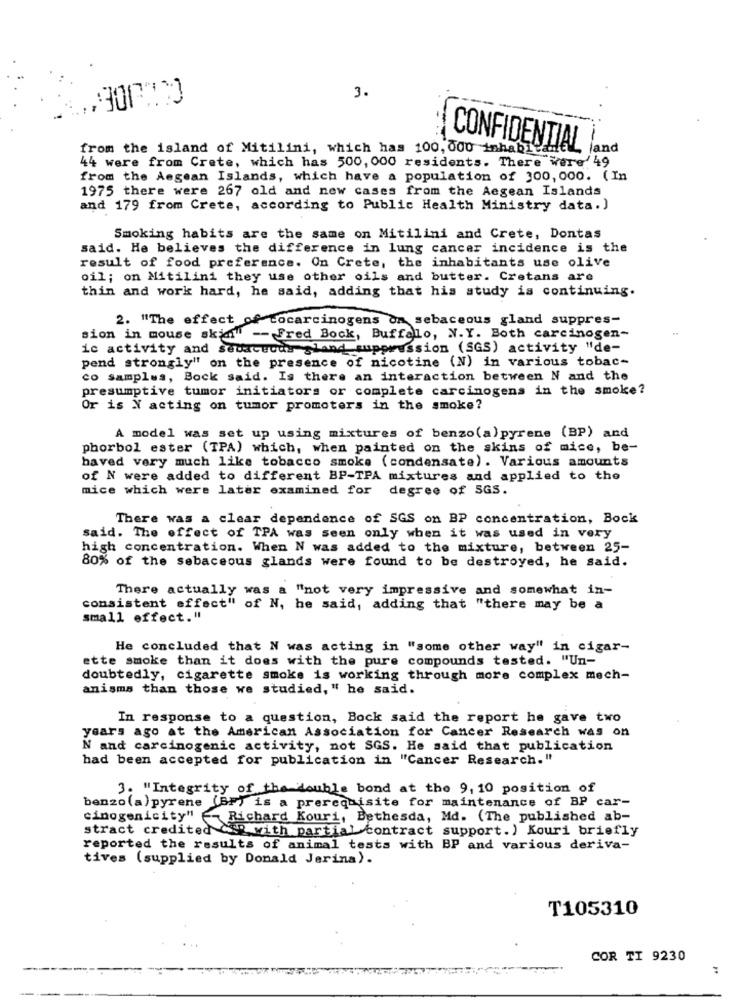
3.
from the island of Mitilini, which has 100, 000 inhabi"
CONFIDENTIAL
land
44 were from Crete, which has 500, 000 residents. There were' 49
from the Aegean Islands, which have a population of 300,000. (In
1975 there were 267 old and new cases from the Aegean Islands
and 179 from Crete, according to Public Health Ministry data.)
Smoking habits are the same on Mitilini and Crete, Dontas
said. He believes the difference in lung cancer incidence is the
result of food preference. On Crete, the inhabitants use olive
oil; on Mitilini they use other oils and butter. Cretans are
thin and work hard, he said, adding that his study is continuing.
2. "The effect of cocarcinogens om sebaceous gland suppres-
sion in mouse skim -- Fred Bock, Buffalo, N.Y. Both carcinogen-
ic activity and sedacuous gland suppression (SGS) activity "de-
pend strongly" on the presence of nicotine (N) in various tobac-
co samples, Bock said. Is there an interaction between N and the
presumptive tumor initiators or complete carcinogens in the smoke?
Or is X acting on tumor promoters in the smoke?
A model was set up using mixtures of benzo(a)pyrens (BP) and
phorbol ester (TPA) which, when painted on the skins of mice, be-
baved very much like tobacco smoke (condensate). Various amounts
of N were added to different BP-TPA mixtures and applied to the
mice which were later examined for
degree of SGS.
There was a clear dependence of SGS on BP concentration, Bock
said. The effect of TPA was seen only when it was used in very
high concentration. When N was added to the mixture, between 25-
80% of the sebaceous glands were found to be destroyed, he said.
There actually was a "not very impressive and somewhat in-
consistent effect" of N, he said, adding that "there may be a
small effect."
He concluded that N was acting in "some other way" in cigar-
ette smoke than it does with the pure compounds tested. "Un-
doubtedly, cigarette smoke is working through more complex mech-
anisms than those we studied, " he said.
In response to a question, Bock said the report he gave two
years ago at the American Association for Cancer Research was on
N and carcinogenic activity, not SGS. He said that publication
had been accepted for publication in "Cancer Research."
3. "Integrity of the double bond at the 9,10 position of
benzo (a) pyrene (BF) is a prerequisite for maintenance of BP car-
cinogenicity" - Richard Kouri, Bethesda, Md. (The published ab-
stract credited CR with partial contract support.) Kouri briefly
reported the results of animal tests with BP and various deriva-
tives (supplied by Donald Jerina).
T105310
COR TI 9230